Leaving Certificate Examination (including Day School Certificate (Higher) General paper), 1927
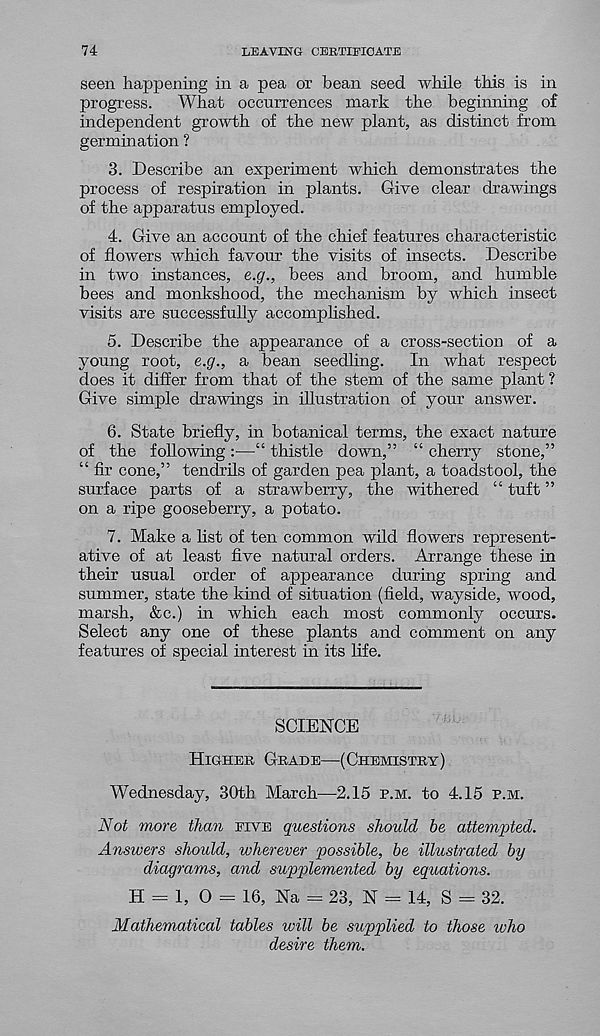
74
LEAVING CERTIFICATE
seen happening in a pea or bean seed while this is in
progress.
What occurrences mark the beginning of
independent growth of the new plant, as distinct from
germination ?
3. Describe an experiment which demonstrates the
process of respiration in plants. Give clear drawings
of the apparatus employed.
4. Give an account of the chief features characteristic
of flowers which favour the visits of insects. Describe
in two instances, e.g., bees and broom, and humble
bees and monkshood, the mechanism by which insect
visits are successfully accomphshed.
5. Describe the appearance of a cross-section of a
young root, e.g., a bean seedling.
In what respect
does it differ from that of the stem of the same plant ?
Give simple drawings in illustration of your answer.
6. State briefly, in botanical terms, the exact nature
of the following :—“ thistle down,” “ cherry stone,”
“ fir cone,” tendrils of garden pea plant, a toadstool, the
surface parts of a strawberry, the withered “ tuft ”
on a ripe gooseberry, a potato.
7. Make a list of ten common wild flowers represent-
ative of at least five natural orders. Arrange these in
their usual order of appearance during spring and
summer, state the kind of situation (field, wayside, wood,
marsh, &c.) in which each most commonly occurs.
Select any one of these plants and comment on any
features of special interest in its life.
SCIENCE
Higher Grade—(Chemistry)
Wednesday, 30th March—2.15 p.m. to 4.15 p.m.
Not more than five questions should be attempted.
Answers should, wherever possible, be illustrated by
diagrams, and supplemented by equations.
H = 1, O = 16, Na = 23, N = 14, S = 32,
Mathematical tables will be supplied to those who
desire them.